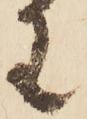
わ